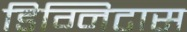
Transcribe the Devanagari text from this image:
डिग्निटास